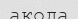
ақода